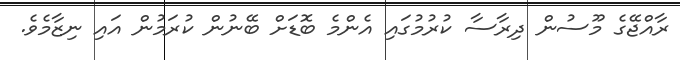
ރާއްޖޭގެ މޫސުން ދިރާސާ ކުރުމުގައި އެންމެ ބޮޑަށް ބޭނުން ކުރަމުން އައި ނިޒާމެވެ.